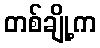
တစ်ချို့က